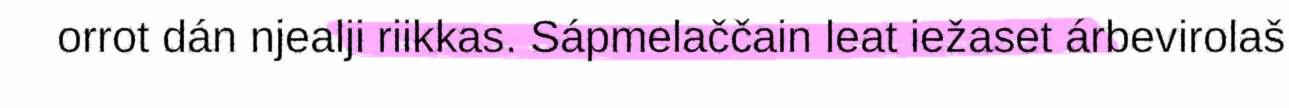
orrot dán njealji riikkas. Sápmelaččain leat iežaset árbevirolaš